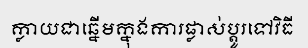
ក្លាយជាឆ្នើមក្នុងការផ្លាស់ប្តូរទៅវិធី